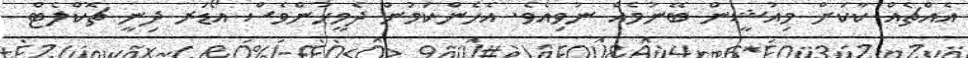
އެއްޗެއް ކާކަށް މިއުޝީން ބޭނުމެއް ނުވިއެވެ. އެހެންކަމުން ދެމީހުންވެސް އޯޑަރ ދިނީ ޗޮކްލެޓް